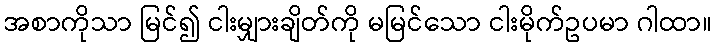
အစာကိုသာ မြင်၍ ငါးမျှားချိတ်ကို မမြင်သော ငါးမိုက်ဥပမာ ဂါထာ။